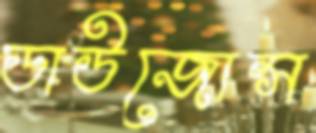
ডাউজোন্স